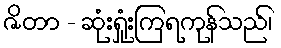
ဇိတာ - ဆုံးရှုံးကြရကုန်သည်၊